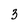
Character: 3